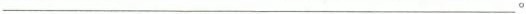
___。